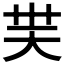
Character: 𡗿